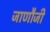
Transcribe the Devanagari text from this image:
जाणौजी